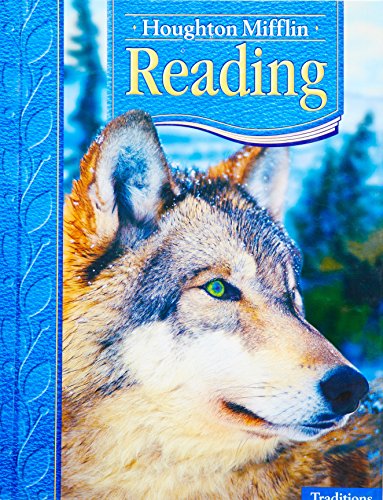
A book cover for Houghton Mifflin Reading: Student Anthology Grade 4 Traditions 2005; HOUGHTON MIFFLIN; Children's Books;